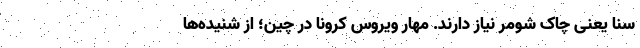
سنا یعنی چاک شومر نیاز دارند. مهار ویروس کرونا در چین؛ از شنیده‌ها